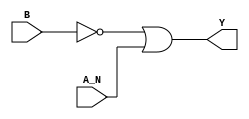
/*
 * Copyright 2020 The SkyWater PDK Authors
 *
 * Licensed under the Apache License, Version 2.0 (the "License");
 * you may not use this file except in compliance with the License.
 * You may obtain a copy of the License at
 *
 *     https://www.apache.org/licenses/LICENSE-2.0
 *
 * Unless required by applicable law or agreed to in writing, software
 * distributed under the License is distributed on an "AS IS" BASIS,
 * WITHOUT WARRANTIES OR CONDITIONS OF ANY KIND, either express or implied.
 * See the License for the specific language governing permissions and
 * limitations under the License.
 *
 * SPDX-License-Identifier: Apache-2.0
*/


`ifndef SKY130_FD_SC_LP__NAND2B_FUNCTIONAL_V
`define SKY130_FD_SC_LP__NAND2B_FUNCTIONAL_V

/**
 * nand2b: 2-input NAND, first input inverted.
 *
 * Verilog simulation functional model.
 */

`timescale 1ns / 1ps
`default_nettype none

`celldefine
module sky130_fd_sc_lp__nand2b (
    Y  ,
    A_N,
    B
);

    // Module ports
    output Y  ;
    input  A_N;
    input  B  ;

    // Local signals
    wire not0_out ;
    wire or0_out_Y;

    //  Name  Output     Other arguments
    not not0 (not0_out , B              );
    or  or0  (or0_out_Y, not0_out, A_N  );
    buf buf0 (Y        , or0_out_Y      );

endmodule
`endcelldefine

`default_nettype wire
`endif  // SKY130_FD_SC_LP__NAND2B_FUNCTIONAL_V